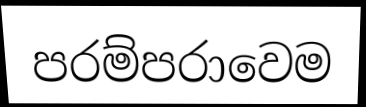
පරම්පරාවෙම